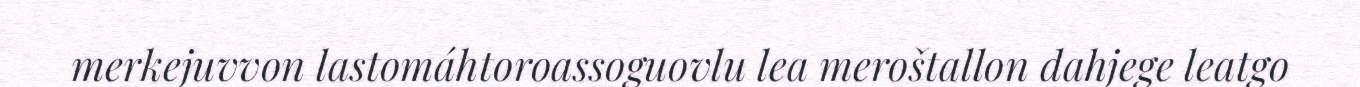
merkejuvvon lastomáhtoroassoguovlu lea meroštallon dahjege leatgo